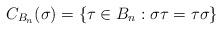
LaTeX: \begin{align*}C_{B_n}(\sigma) = \{\tau \in B_n : \sigma \tau = \tau \sigma\}\end{align*}